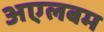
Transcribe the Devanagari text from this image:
अएलबम